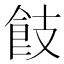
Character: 𩚡